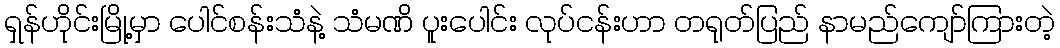
ရှန်ဟိုင်းမြို့မှာ ပေါင်စန်းသံနဲ့ သံမဏိ ပူးပေါင်း လုပ်ငန်းဟာ တရုတ်ပြည် နာမည်ကျော်ကြားတဲ့